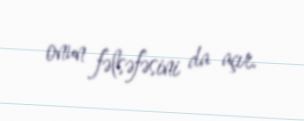
onun fəlsəfəsini da açır.